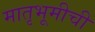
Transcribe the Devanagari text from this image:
मातृभूमीची